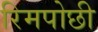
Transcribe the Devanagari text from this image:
रिमपोछी